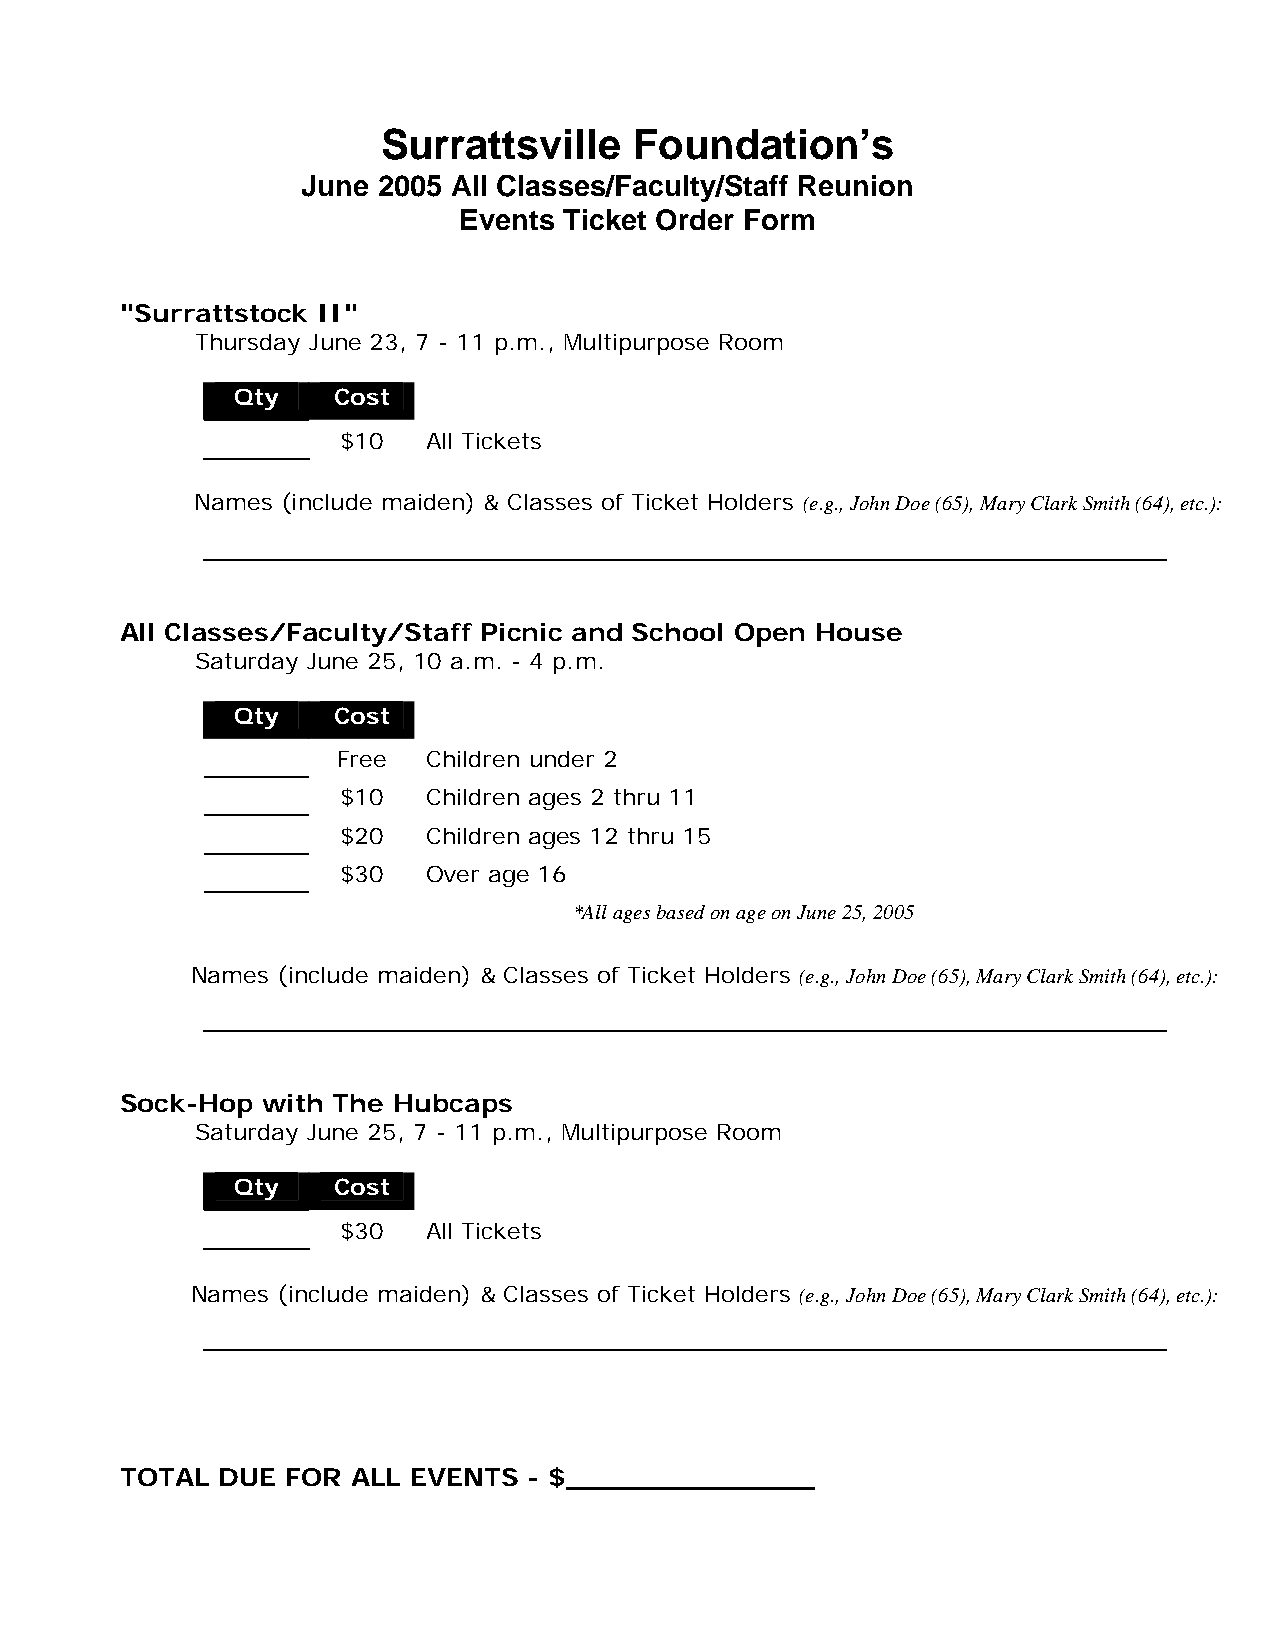
Surrattsville    Foundation’s
 June 2005 All Classes/Faculty/Staff Reunion
 Events Ticket Order Form
 "Surrattstock II"
 Thursday June 23, 7 - 11 p.m., Multipurpose Room
 Qty   Cost
 $10  All Tickets
 Names (include maiden) & Classes of Ticket Holders (e.g., John Doe (65), Mary Clark Smith (64), etc.):
 All Classes/Faculty/Staff Picnic and School Open House
 Saturday June 25, 10 a.m. - 4 p.m.
 Qty   Cost
 Free  Children under 2
 $10  Children ages 2 thru 11
 $20  Children ages 12 thru 15
 $30  Over age 16
 *All ages based on age on June 25, 2005
 Names (include maiden) & Classes of Ticket Holders (e.g., John Doe (65), Mary Clark Smith (64), etc.):
 Sock-Hop with The Hubcaps
 Saturday June 25, 7 - 11 p.m., Multipurpose Room
 Qty   Cost
 $30  All Tickets
 Names (include maiden) & Classes of Ticket Holders (e.g., John Doe (65), Mary Clark Smith (64), etc.):
 TOTAL  DUE FOR ALL EVENTS  - $______________